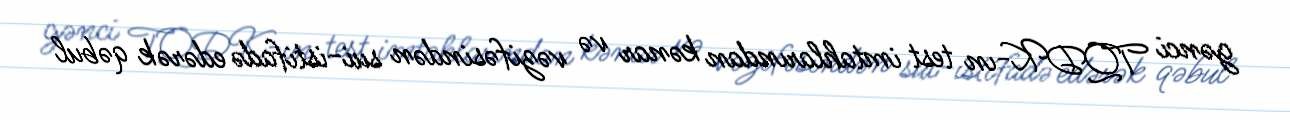
gənci TQDK-ın test imtahlarından kənar və vəzifəsindən sui-istifadə edərək qəbul